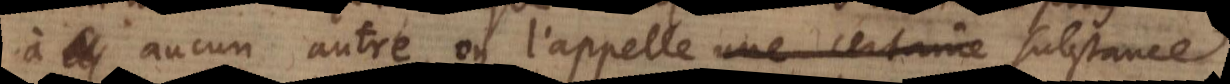
à aucun autre, on l’appelle une certaine substance